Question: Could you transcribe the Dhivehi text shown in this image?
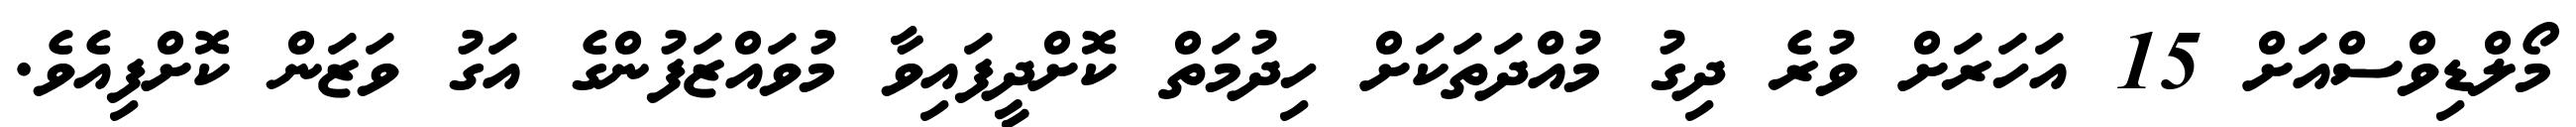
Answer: މޯލްޑިވްސްއަށް 15 އަހަރަށް ވުރެ ދިގު މުއްދަތަކަށް ހިދުމަތް ކޮށްދީފައިވާ މުވައްޒަފުންގެ އަގު ވަޒަން ކޮށްފިއެވެ.